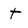
Character: t